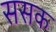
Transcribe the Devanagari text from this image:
ससक